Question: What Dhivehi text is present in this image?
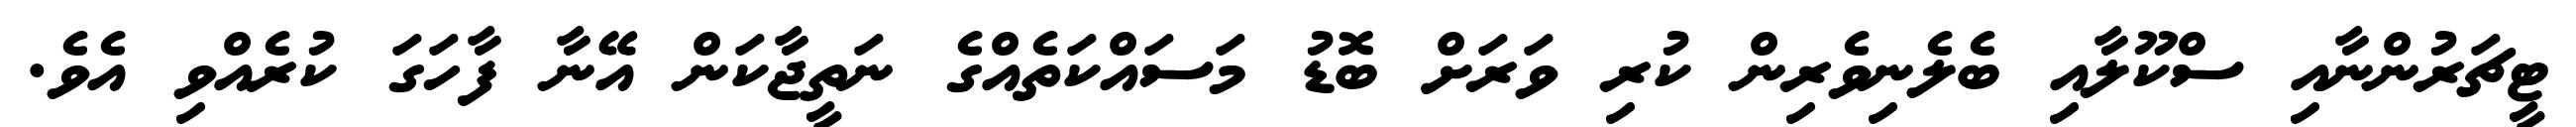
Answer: ޓީޗަރުންނާއި ސްކޫލާއި ބެލެނިވެރިން ކުރި ވަރަށް ބޮޑު މަސައްކަތެއްގެ ނަތީޖާކަން އޭނާ ފާހަގަ ކުރެއްވި އެވެ.